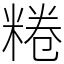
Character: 䊎